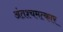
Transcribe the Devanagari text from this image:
अंतश्चमत्कार